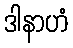
ဒါနာဟံ